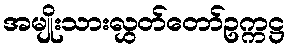
အမျိုးသားလွှတ်တော်ဥက္ကဋ္ဌ